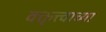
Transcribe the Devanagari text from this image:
वक्तृत्त्वाच्या